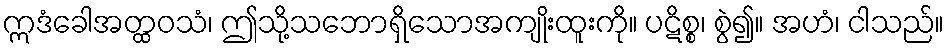
ဣဒံခေါအတ္ထဝသံ၊ ဤသို့သဘောရှိသောအကျိုးထူးကို။ ပဋိစ္စ၊ စွဲ၍။ အဟံ၊ ငါသည်။